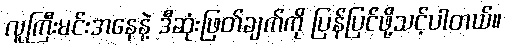
လူကြီးမင်းအနေနဲ့ ဒီဆုံးဖြတ်ချက်ကို ပြန်ပြင်ဖို့သင့်ပါတယ်။